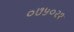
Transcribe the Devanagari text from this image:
०७५०२१